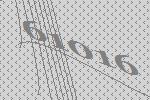
61016